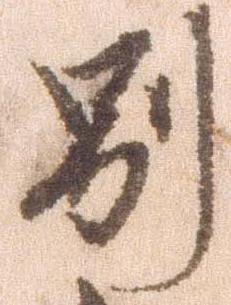
別